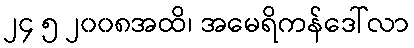
၂၄ ၅ ၂၀၀၈အထိ၊ အမေရိကန်ဒေါ်လာ